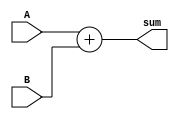
module Adder(
    input [7:0] A,
    input [7:0] B,
    output [8:0] sum
);

assign sum = A + B;

endmodule